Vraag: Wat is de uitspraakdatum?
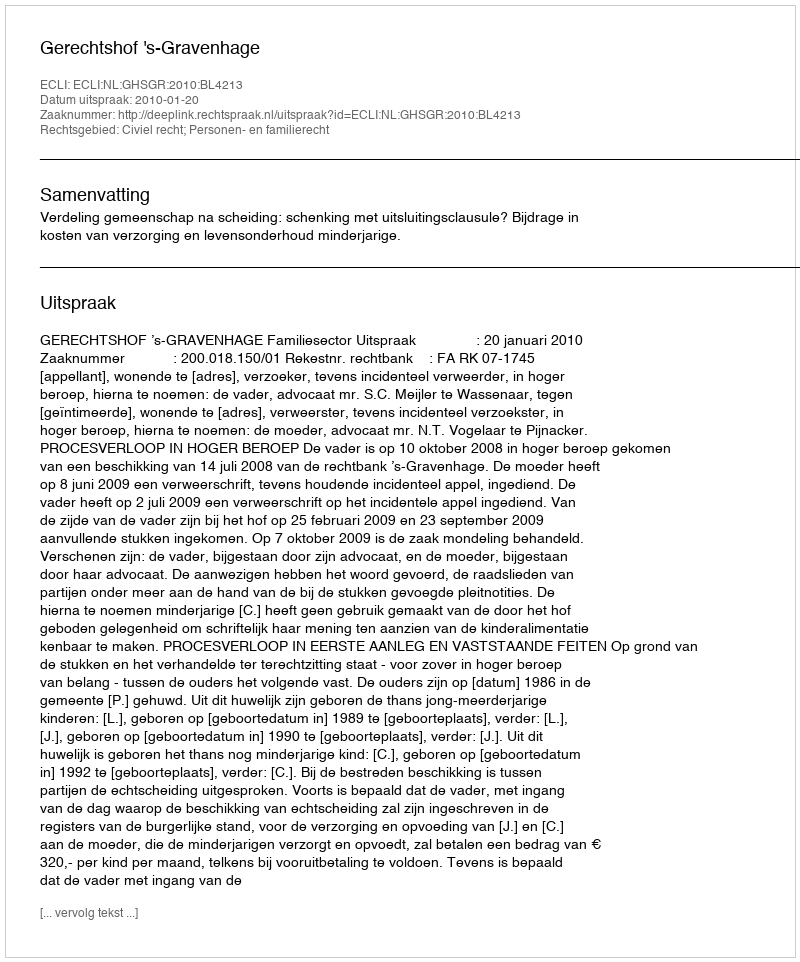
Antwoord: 2010-01-20